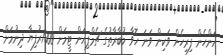
އަންހެން ފިރިހެން ވަކިން ވަނަ ހޮވާ މުބާރާތުގެ ޗެމްޕިއަން ޓީމަށް 7000ރުފިޔާ ދިނުމަށް